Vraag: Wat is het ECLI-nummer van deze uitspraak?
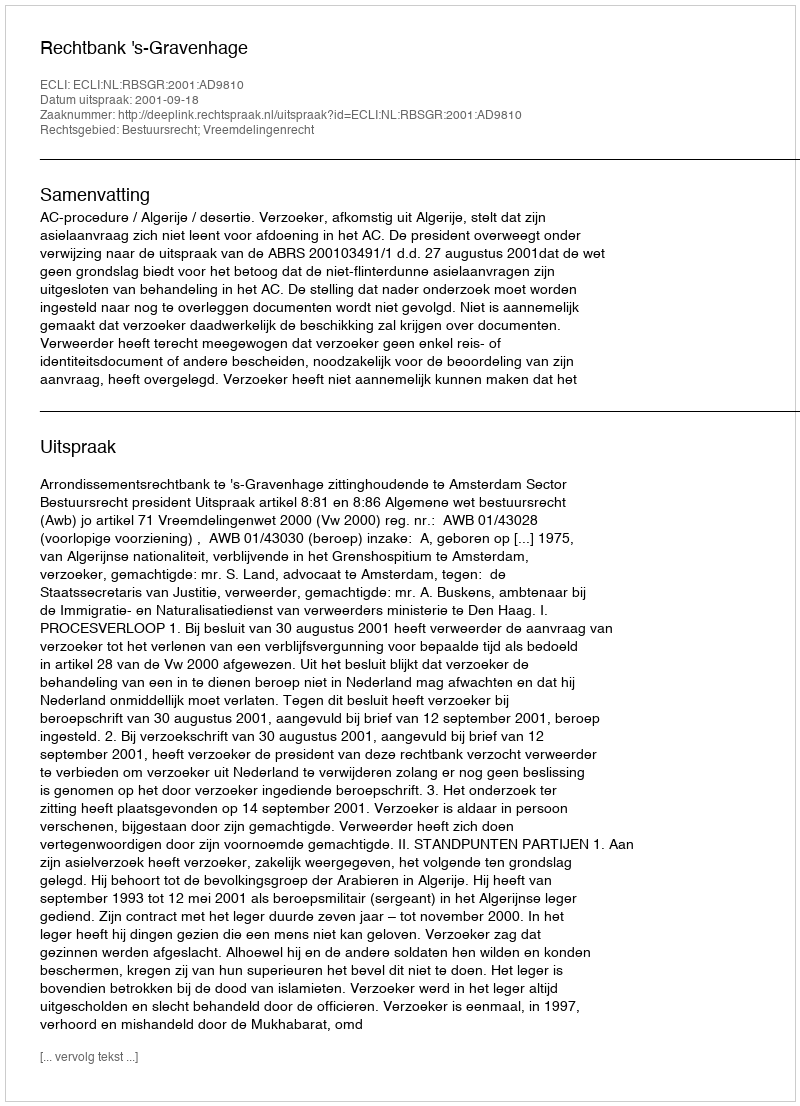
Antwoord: ECLI:NL:RBSGR:2001:AD9810